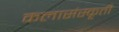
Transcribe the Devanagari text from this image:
कलासंस्कृती